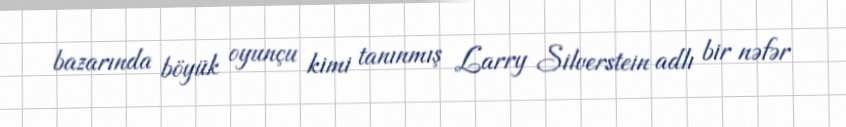
bazarında böyük oyunçu kimi tanınmış Larry Silverstein adlı bir nəfər